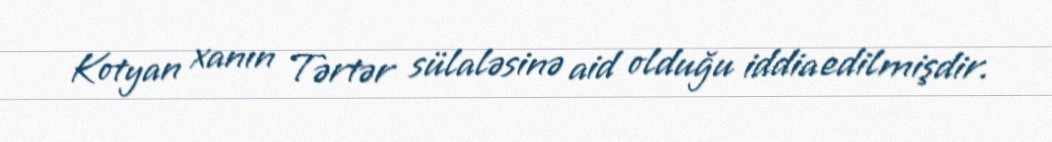
Kotyan xanın Tərtər sülaləsinə aid olduğu iddia edilmişdir.